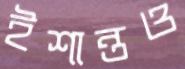
ইশান্তও